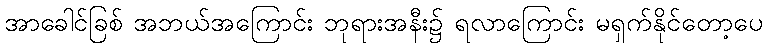
အာခေါင်ခြစ် အဘယ်အကြောင်း ဘုရားအနီး၌ ရလာကြောင်း မရှက်နိုင်တော့ပေ